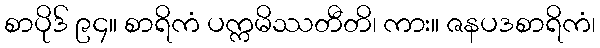
စာပိုဒ် ၉၄။ စာရိကံ ပက္ကမိဿတီတိ၊ ကား။ ဇနပဒစာရိကံ၊